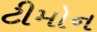
ટીમોન